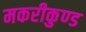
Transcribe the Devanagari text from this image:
मकरीकुण्‍ड